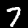
Label: 7